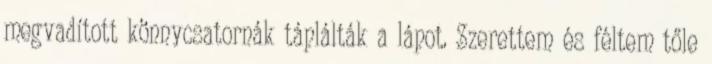
megvadított könnycsatornák táplálták a lápot. Szerettem és féltem tőle